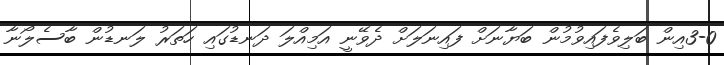
3-0އިން ބަލިވެފައިވުމުން ބަޔާނަށް ފައިނަލަށް ދެވޭނީ އަމިއްލަ ދަނޑުގައި ހަތަރު ލަނޑުން ބާސެލޯނާ